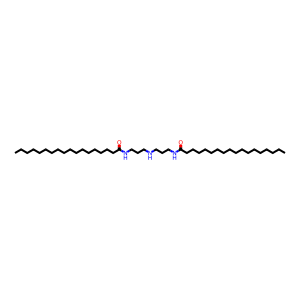
SMILES: CCCCCCCCCCCCCCCCCC(=O)NCCCNCCCNC(=O)CCCCCCCCCCCCCCCCC
Inhibits HIV replication: No